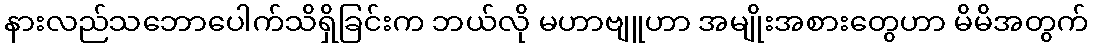
နားလည်သဘောပေါက်သိရှိခြင်းက ဘယ်လို မဟာဗျူဟာ အမျိုးအစားတွေဟာ မိမိအတွက်